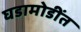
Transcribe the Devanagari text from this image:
घडामोडींत